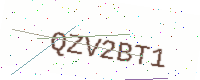
Text: QZV2BT1